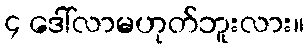
၄ ဒေါ်လာမဟုတ်ဘူးလား။